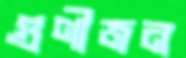
গুণীজন